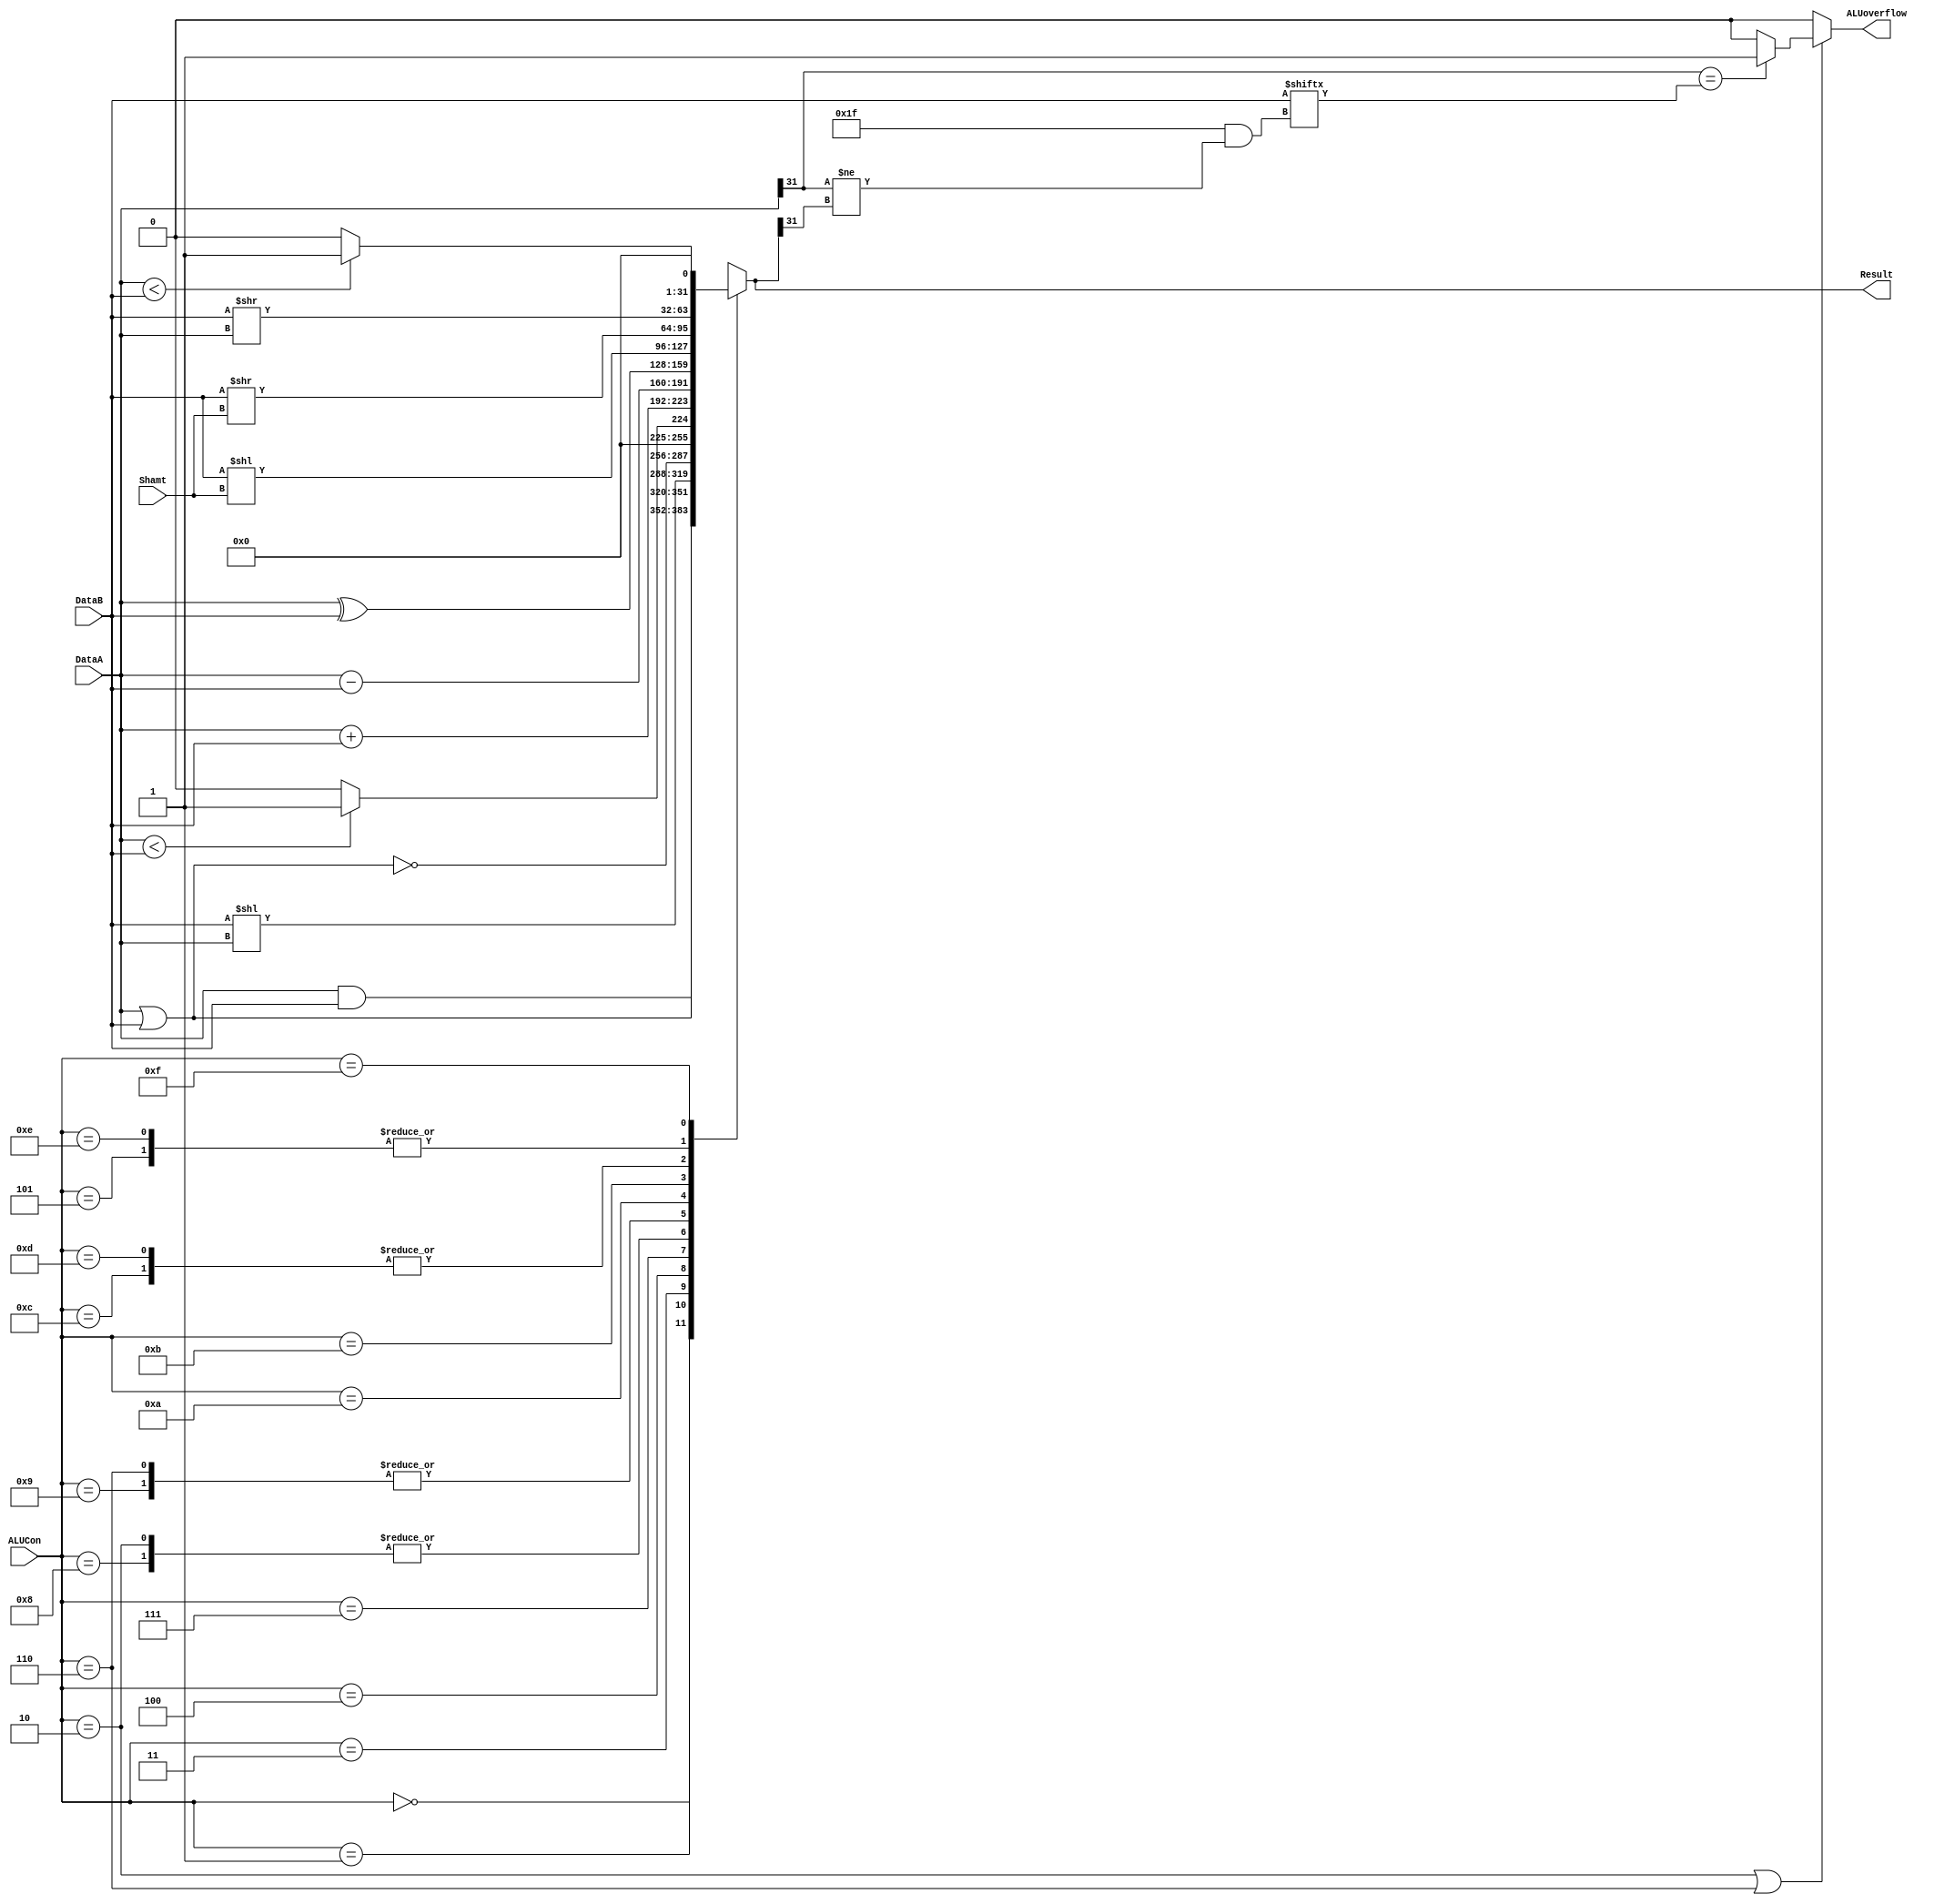
module ALU(ALUCon,DataA,DataB,Result,ALUoverflow, Shamt);
    input [3:0] ALUCon;
    input signed [31:0] DataA,DataB;
    input [4:0] Shamt;
    output [31:0] Result;
    output reg ALUoverflow;
    reg [31:0] Result;
    reg Zero;

    //assign Result=ResultTemp[31:0];     
    
    initial 
    begin         
        Result = 32'd0;
        ALUoverflow=0;
    end 

    always@(ALUCon,DataA,DataB)     
    begin        
        case(ALUCon)           
            4'b0000://and              
                Result <= DataA&DataB;
            4'b0001://or              
                Result <= DataA|DataB;
            4'b0010://add  
                Result <= DataA+DataB;
            
            4'b0011://sllv               
                Result <= DataB << DataA;
            4'b0100://nor               
            begin 
                Result <= ~(DataA | DataB);          
            end                          
              
            4'b0101://srlv              
                Result <= DataB >> DataA;
            4'b0110://sub              
                Result <= DataA-DataB;
 
            4'b0111://slt              
                Result <= DataA<DataB ? 1:0;
            4'b1000://addu
                Result <= DataA + DataB;
            4'b1001://subu
                Result <= DataA - DataB;
            4'b1010://xor
                Result <= DataA ^ DataB;
            4'b1011://sll              
                Result <= (DataB<<Shamt);
            4'b1100://srl              
                Result <= (DataB>>Shamt);
            4'b1101://sra              
                Result <= (DataB>>Shamt);    
            4'b1110://srav              
                Result <= (DataB>>DataA);  
            4'b1111://sltu              
                Result <= ($unsigned(DataA)<$unsigned(DataB))?1:0;  

     
        default: //error           
        begin               
            $display("ALUERROR");
            Result <= 0;
        end                  
        
        endcase     
    end  

    always@(*)
    begin   
        if(ALUCon == 4'b0010 | ALUCon == 4'b0110)
        begin
            //add and sub, check overflow
            if(DataA[31]==DataB[31 && DataA[31]!= Result[31]])
                ALUoverflow=1;
            else
                ALUoverflow=0;
        end
        else
            ALUoverflow=0;
    end

endmodule